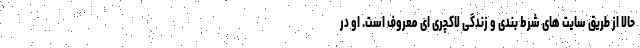
حالا از طریق سایت های شرط بندی و زندگی لاکچری ای معروف است. او در